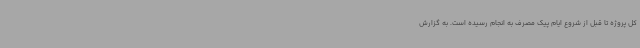
کل پروژه تا قبل از شروع ایام پیک مصرف به انجام رسیده است. به گزارش